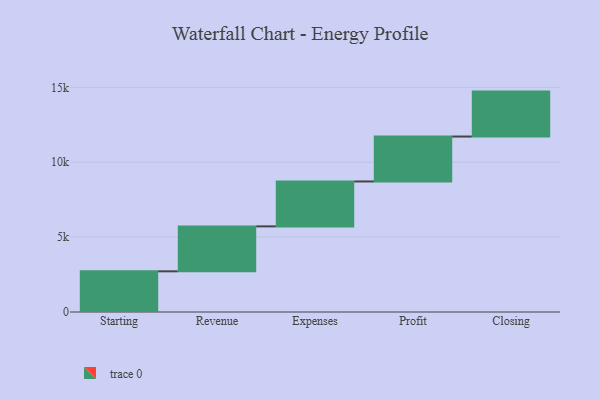
{"axis": {"x": "Step", "y": "Value"}, "legend": [""], "data": [{"x": "Starting", "y": 2717.0, "type": ""}, {"x": "Revenue", "y": 3000, "type": ""}, {"x": "Expenses", "y": 3000, "type": ""}, {"x": "Profit", "y": 3000, "type": ""}, {"x": "Closing", "y": 3000, "type": ""}]}